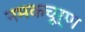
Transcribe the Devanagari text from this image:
नमकचूर्ण